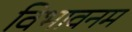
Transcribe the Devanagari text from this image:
विभावनम